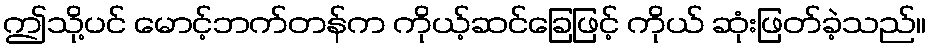
ဤသို့ပင် မောင့်ဘက်တန်က ကိုယ့်ဆင်ခြေဖြင့် ကိုယ် ဆုံးဖြတ်ခဲ့သည်။